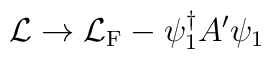
{\cal L}\rightarrow  {\cal L}_{\rm F}-\psi^{\dagger}_1  A^{\prime}\psi_1